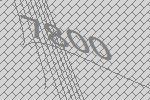
7800